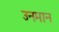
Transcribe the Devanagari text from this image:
उनमान